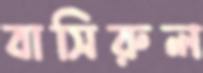
বাসিরুল